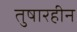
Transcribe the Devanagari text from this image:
तुषारहीन